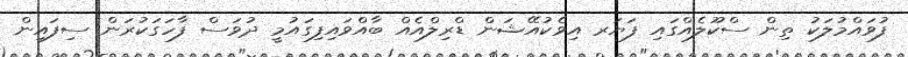
ފުވައްމުލަކު ތިން ސްކޫލެއްގައި ފަޔަރ އިވެކުއޭޝަން ޑްރިލްއެއް ބާއްވައިފިގައުމީ ދުވަސް ފާހަގަކުރަން ސިފައިން